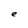
Character: e